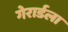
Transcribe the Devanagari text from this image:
गेरार्डला